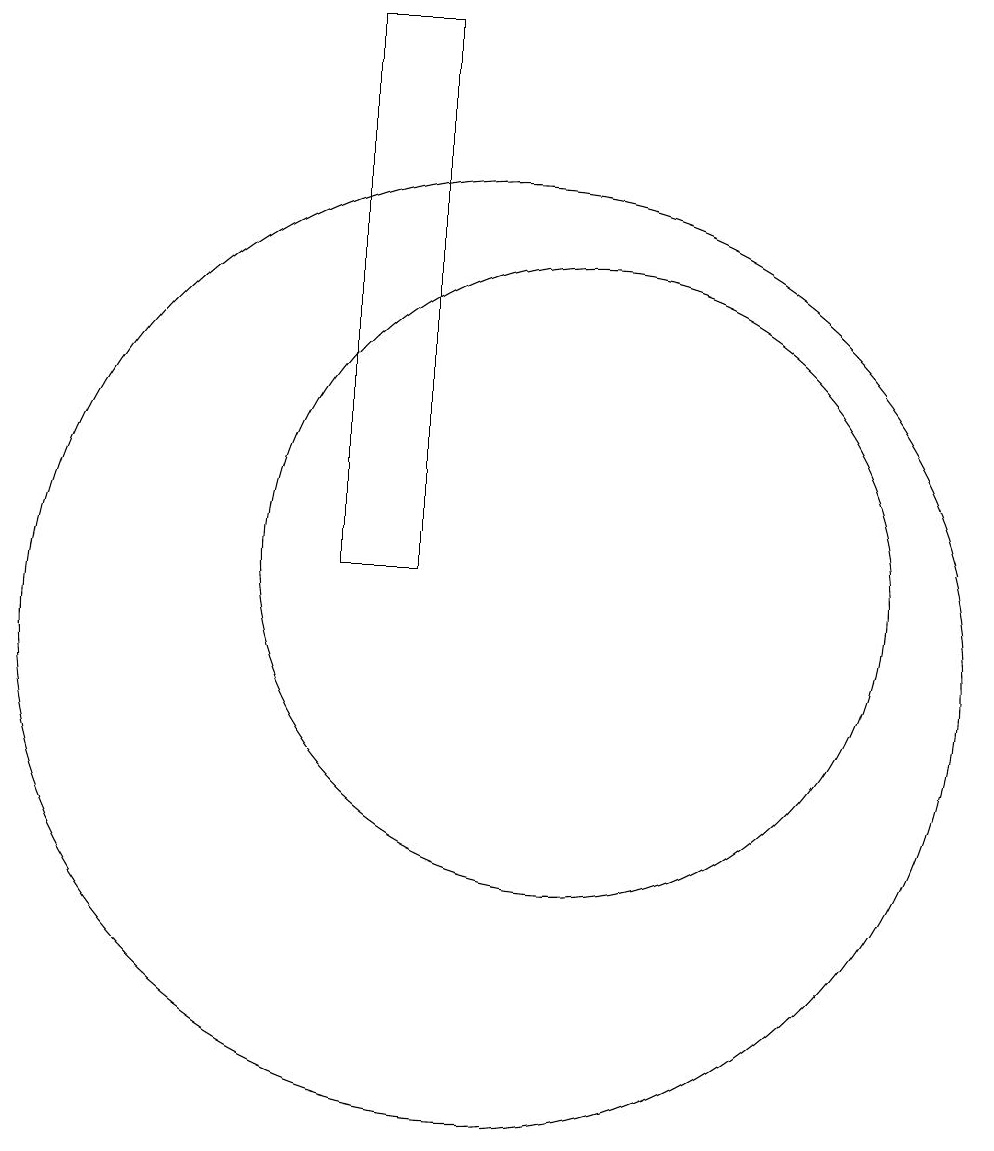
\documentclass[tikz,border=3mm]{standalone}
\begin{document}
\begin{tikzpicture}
\draw (10,10) circle (6);
\draw (11,11) circle (4);
\draw (8,11) rectangle (9,18);
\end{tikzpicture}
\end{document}